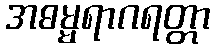
အဓမ္မရာဂရတ္တာ